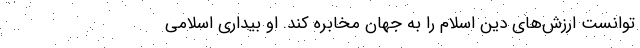
توانست ارزش‌های دین اسلام را به جهان مخابره کند. او بیداری اسلامی